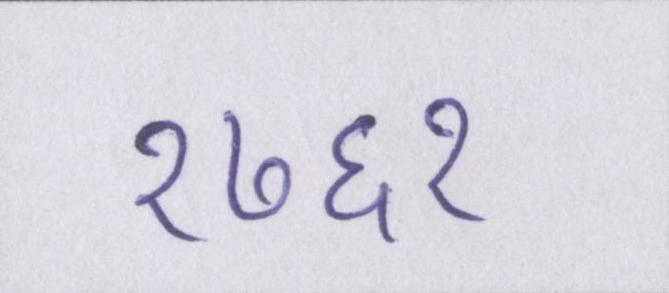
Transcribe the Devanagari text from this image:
१७६१